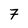
Character: 7